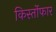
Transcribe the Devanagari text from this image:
किर्स्तोफार